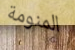
المنومة